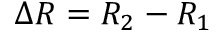
\Delta R = R _ { 2 } - R _ { 1 }